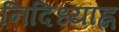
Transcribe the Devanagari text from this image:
निदिध्याह्न